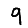
Digit: 9